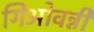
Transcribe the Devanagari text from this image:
गिओवन्नी